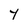
Character: y